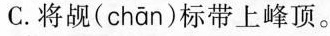
C.将觇( chān )标带上峰顶。